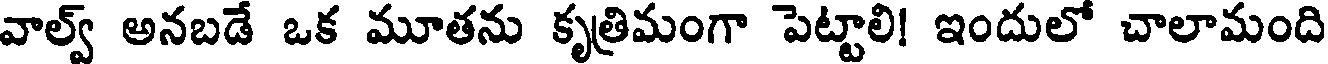
వాల్వ్ అనబడే ఒక మూతను కృత్రిమంగా పెట్టాలి! ఇందులో చాలామంది